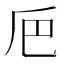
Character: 𠂬